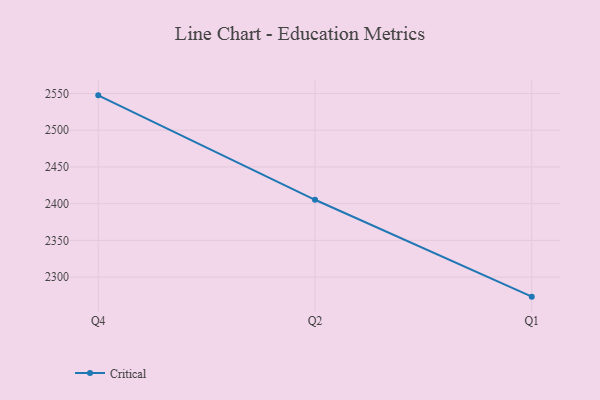
{"axis": {"x": "Quarter", "y": "Demand Index"}, "legend": ["Critical"], "data": [{"x": "Q4", "y": 2547.5, "type": "Critical"}, {"x": "Q2", "y": 2405.3, "type": "Critical"}, {"x": "Q1", "y": 2273.4, "type": "Critical"}]}